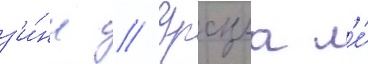
з'и́нн // Урсула л'е́